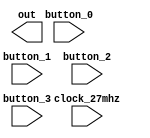
`timescale 1ns / 1ps

// pulse synchronizer
module receiver_fsm(input clock_27mhz,
                   	input button_0, button_1, button_2, button_3,
                    output out);

	parameter S_learn = 0;
	parameter S_playback = 1;
	parameter S_blah = 2;

	reg [2:0] state, next_state;
	reg reg_out;

	always @(*) begin
		case (state)
			S_learn: begin
				next_state <= S_blah;
			end
			S_playback: next_state <= S_blah;
			S_blah: next_state <= S_blah;
			default: next_state <= S_blah;
		endcase
	end

	always @(posedge clock_27mhz) state <= next_state;

	assign out = reg_out;
endmodule